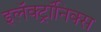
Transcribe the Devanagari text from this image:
इलॅक्ट्रॉनिक्स